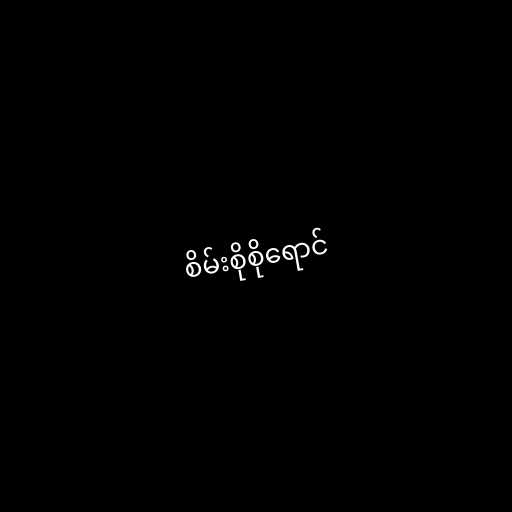
စိမ်းစိုစိုရောင်